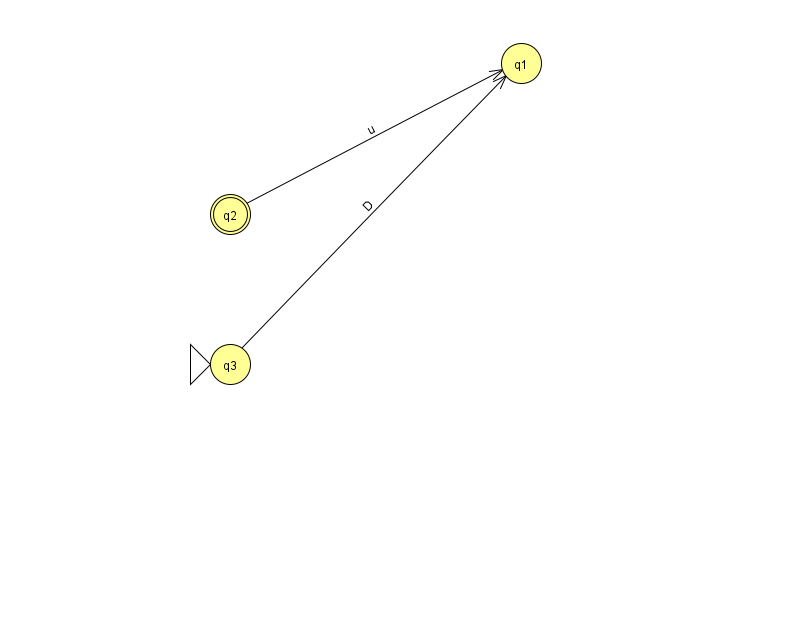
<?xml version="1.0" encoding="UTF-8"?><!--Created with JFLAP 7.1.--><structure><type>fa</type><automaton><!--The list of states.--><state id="1" name="q1"><x>521.0</x><y>50.0</y></state><state id="2" name="q2"><x>230.0</x><y>201.0</y><final/></state><state id="3" name="q3"><x>230.0</x><y>351.0</y><initial/></state><!--The list of transitions.--><transition><from>2</from><to>1</to><read>u</read></transition><transition><from>3</from><to>1</to><read>D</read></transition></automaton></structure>